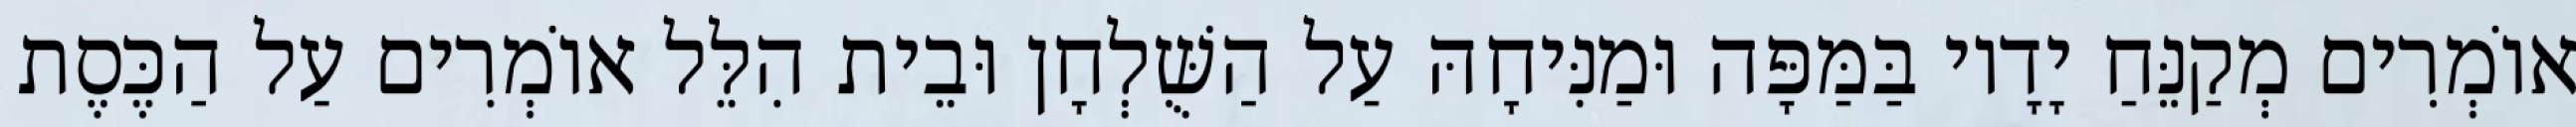
אוֹמְרִים מְקַנֵּחַ יָדָיו בַּמַּפָּה וּמַנִּיחָהּ עַל הַשֻּׁלְחָן וּבֵית הִלֵּל אוֹמְרִים עַל הַכֶּסֶת